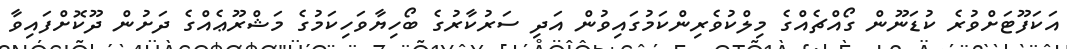
އަކަފޫޓަށްވުރެ ކުޑަނޫން ގޯއްޗެއްގެ މިލްކުވެރިންކަމުގައިވުން އަދި ސަރުކާރުގެ ބޯހިޔާވަހިކަމުގެ މަޝްރޫޢެއްގެ ދަށުން ދޫކޮށްފައިވާ